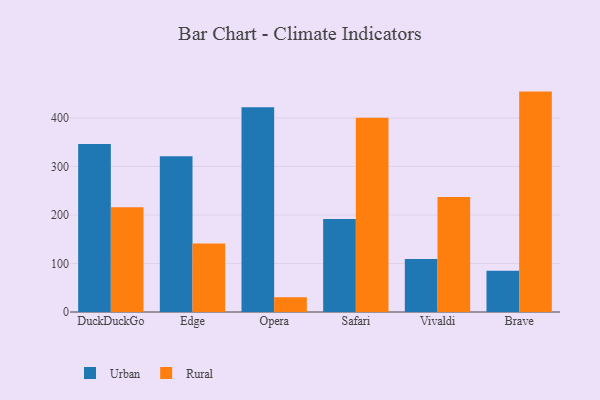
{"axis": {"x": "Browser", "y": "Active Users"}, "legend": ["Rural", "Urban"], "data": [{"x": "DuckDuckGo", "y": 346.3, "type": "Urban"}, {"x": "DuckDuckGo", "y": 215.8, "type": "Rural"}, {"x": "Edge", "y": 320.8, "type": "Urban"}, {"x": "Edge", "y": 141.3, "type": "Rural"}, {"x": "Opera", "y": 422.2, "type": "Urban"}, {"x": "Opera", "y": 30.4, "type": "Rural"}, {"x": "Safari", "y": 191.6, "type": "Urban"}, {"x": "Safari", "y": 400.5, "type": "Rural"}, {"x": "Vivaldi", "y": 109.2, "type": "Urban"}, {"x": "Vivaldi", "y": 237.2, "type": "Rural"}, {"x": "Brave", "y": 84.8, "type": "Urban"}, {"x": "Brave", "y": 454.3, "type": "Rural"}]}